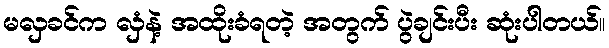
မလှခင်က လှံနဲ့ အထိုးခံရတဲ့ အတွက် ပွဲချင်းပီး ဆုံးပါတယ်။